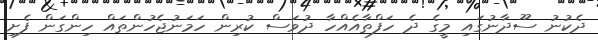
ދެކުނު ސޫދާނުގައި މީގެ ދެ ހަފްތާއެއްހާ ދުވަސް ކުރިން ހަމަނުޖެހުންތައް ހިންގަން ފެށި